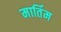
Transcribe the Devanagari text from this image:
मार्तिम